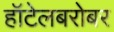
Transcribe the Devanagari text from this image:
हॉटेलबरोबर